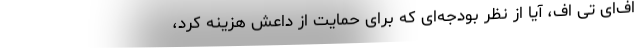
اف‌ای تی اف، آیا از نظر بودجه‌ای که برای حمایت از داعش هزینه کرد،